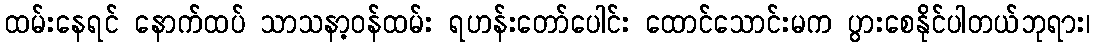
ထမ်းနေရင် နောက်ထပ် သာသနာ့ဝန်ထမ်း ရဟန်းတော်ပေါင်း ထောင်သောင်းမက ပွားစေနိုင်ပါတယ်ဘုရား၊